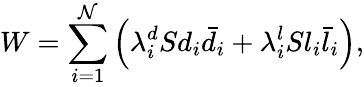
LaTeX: W=\sum_{i=1}^{\mathcal{N}}\left(\lambda_{i}^{d}Sd_{i}\bar{{d}}_{i}+\lambda_{i}^{l}Sl_{i}\bar{{l}}_{i}\right),